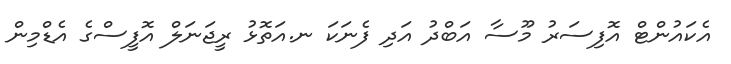
އެކައުންޓް އޮފިސަރު މޫސާ އަބްދު އަދި ފެނަކަ ނ.އަތޮޅު ރީޖަނަލް އޮފީސްގެ އެޑްމިން